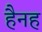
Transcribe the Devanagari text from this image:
हैनह